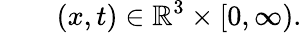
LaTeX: \qquad(x,t)\in\mathbb{R}^{3}\times[0,\infty).